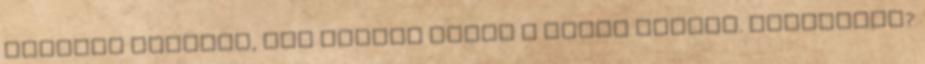
második mondata, ami szöget ütött a törpe fejébe. Veszélyes?